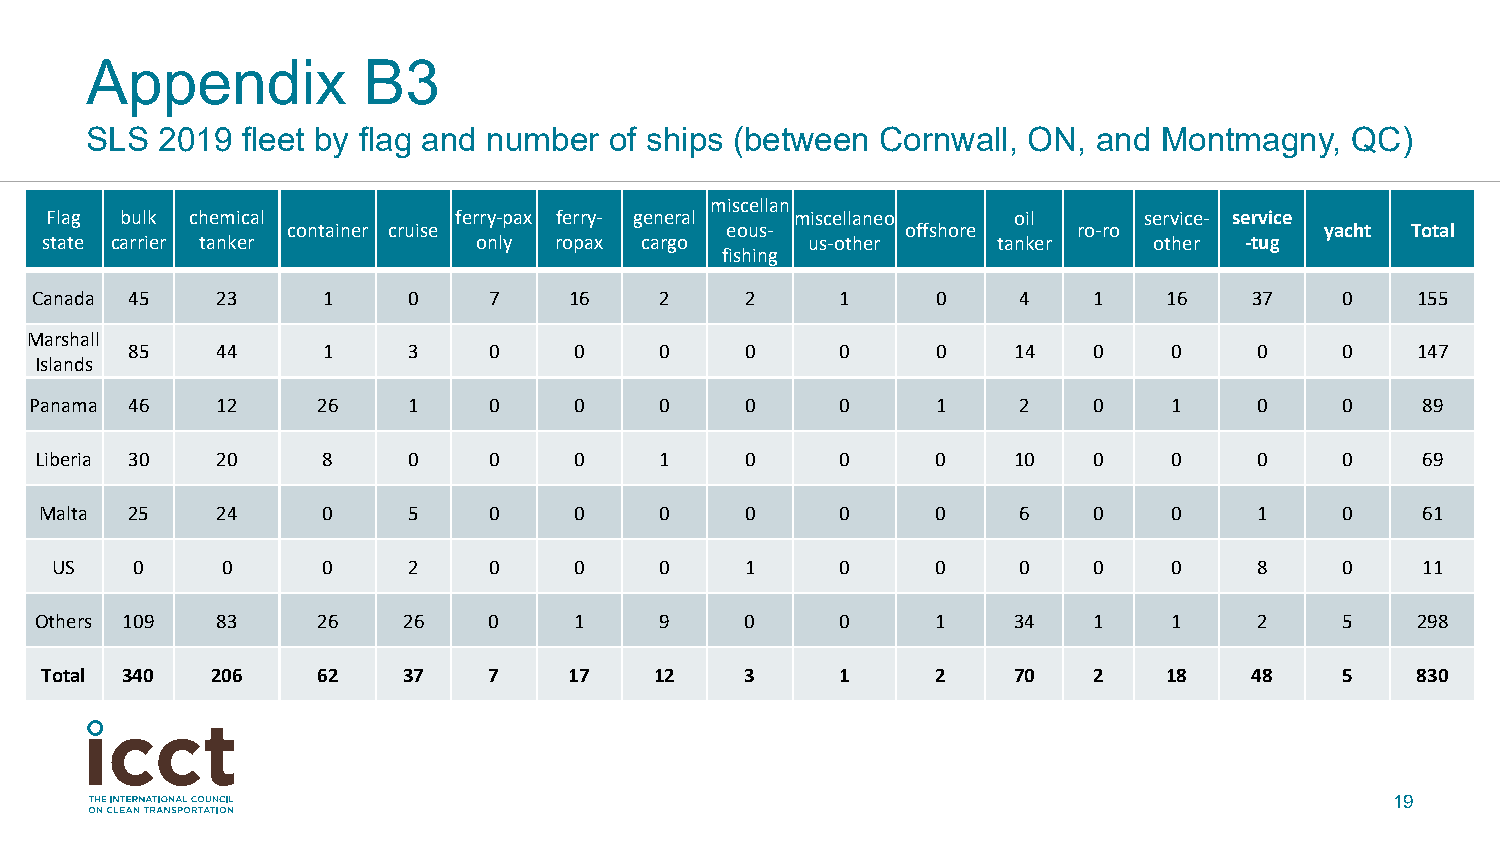
Appendix          B3
 SLS 2019  fleet by flag and number of ships (between Cornwall, ON, and Montmagny,  QC)
 miscellan
 Flag bulk chemical         ferry-pax ferry- general miscellaneo oil      service- service
 container cruise             eous-       offshore   ro-ro            yacht Total
 state carrier tanker         only ropax cargo      us-other    tanker    other -tug
 fishing
 Canada 45   23     1     0    7     16    2    2      1     0    4    1    16    37    0    155
 Marshall
 85    44     1     3    0     0     0    0      0     0    14   0     0    0     0    147
 Islands
 Panama 46   12     26    1    0     0     0    0      0     1    2    0     1    0     0    89
 Liberia 30  20     8     0    0     0     1    0      0     0    10   0     0    0     0    69
 Malta 25   24     0     5    0     0     0    0      0     0    6    0     0    1     0    61
 US    0     0     0     2    0     0     0    1      0     0    0    0     0    8     0    11
 Others 109  83     26    26   0     1     9    0      0     1    34   1     1    2     5    298
 Total 340  206    62    37   7     17   12    3      1     2    70   2    18    48    5    830
 19